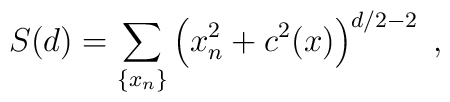
S(d) = \sum_{\{x_n\}} \left(x_n^2+c^2(x)\right)^{d/2-2} \;,